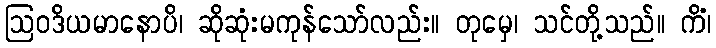
ဩဝဒိယမာနောပိ၊ ဆိုဆုံးမကုန်သော်လည်း။ တုမှေ၊ သင်တို့သည်။ ကိံ၊